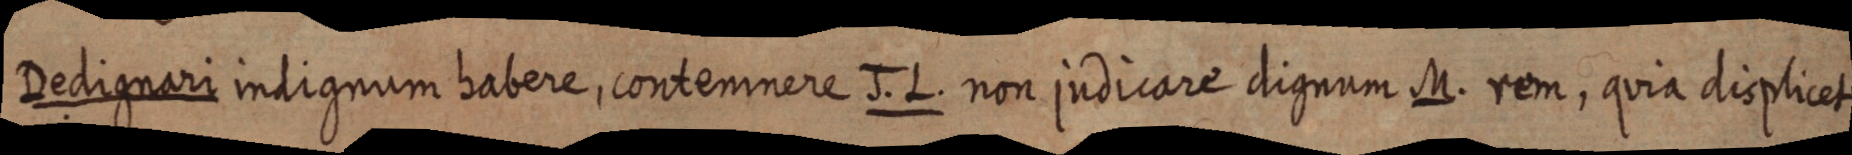
Dedignari indignum habere, contemnere J. L. non judicare dignum M. rem, quia displicet